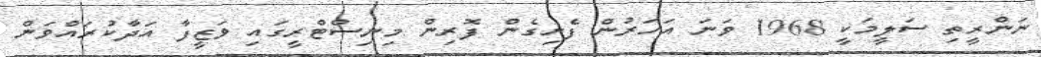
ނަންރީތި ސަލީމަކީ 1968 ވަނަ އަހަރުން ފެށިގެން ފޮރިން މިނިސްޓްރީގައި ވަޒީފާ އަދާކުރައްވަން